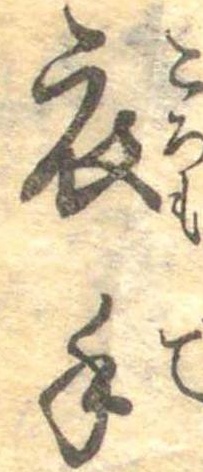
衣手